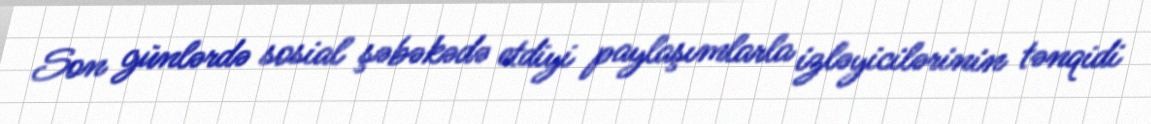
Son günlərdə sosial şəbəkədə etdiyi paylaşımlarla izləyicilərinin tənqidi